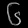
Digit: ၆